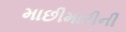
માછીમારીની